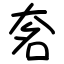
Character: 㚚